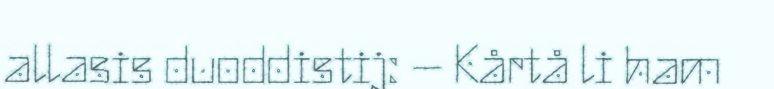
allasis duoddistij: – Kårtå li ham